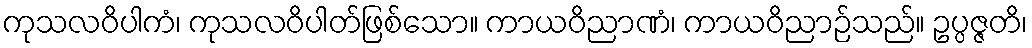
ကုသလဝိပါကံ၊ ကုသလဝိပါတ်ဖြစ်သော။ ကာယဝိညာဏံ၊ ကာယဝိညာဉ်သည်။ ဥပ္ပဇ္ဇတိ၊